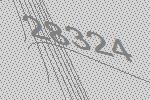
28324